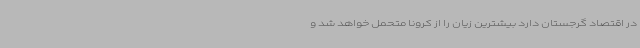
در اقتصاد گرجستان دارد بیشترین زیان را از کرونا متحمل خواهد شد و